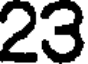
23